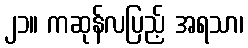
၂၁။ ကဆုန်လပြည့် အရသာ၊